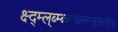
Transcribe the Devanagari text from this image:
क्ष्द्म्ल्ब्म्ब्च्म्ब्ल्म्ल्स्र्ल्क्ष्ल्द्फ्